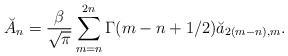
LaTeX: \begin{align*}\breve{A}_n={\beta \over \sqrt{\pi}}\sum_{m=n}^{2n} \Gamma(m-n+1/2)\breve{a}_{2(m-n),m}.\end{align*}